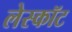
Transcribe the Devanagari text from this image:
लेस्कॉट